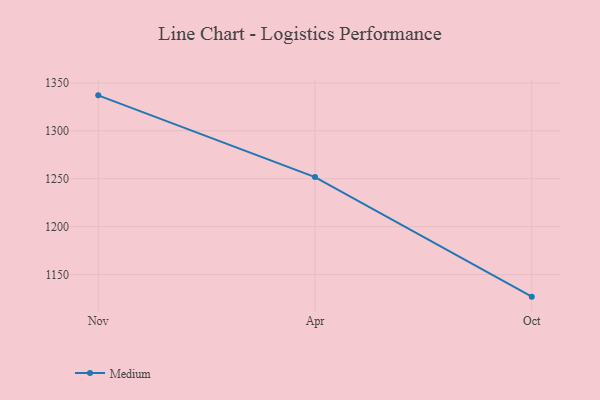
{"axis": {"x": "Month", "y": "Tickets Resolved"}, "legend": ["Medium"], "data": [{"x": "Nov", "y": 1337.0, "type": "Medium"}, {"x": "Apr", "y": 1251.7, "type": "Medium"}, {"x": "Oct", "y": 1126.9, "type": "Medium"}]}